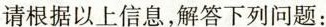
请根据以上信息，解答下列问题：